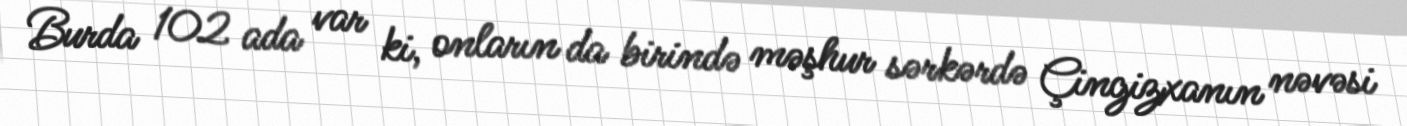
Burda 102 ada var ki, onların da birində məşhur sərkərdə Çingizxanın nəvəsi